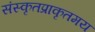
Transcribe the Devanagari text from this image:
संस्कृतप्राकृतमय